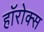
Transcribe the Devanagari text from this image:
हॉरोक्स